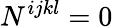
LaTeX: N^{ijkl}=0